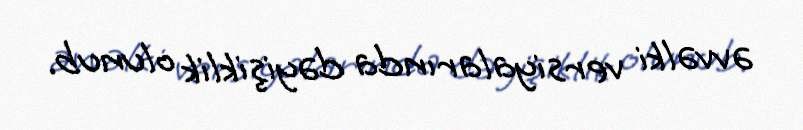
əvvəlki versiyalarında dəyişiklik olunub.